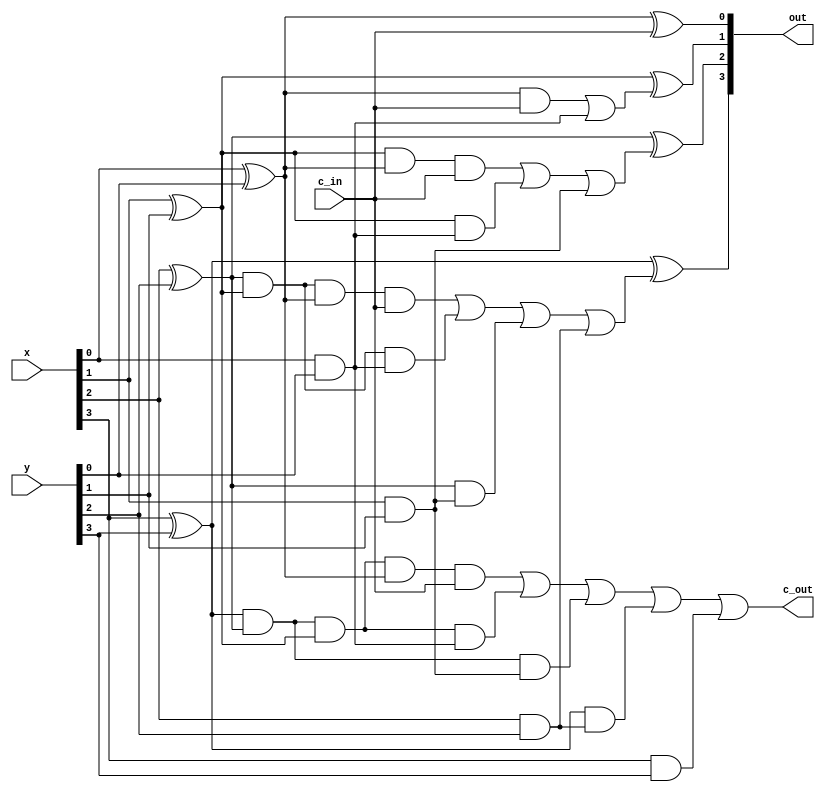
/* CSED273 lab5 experiment 1 */
/* lab5_1.v */

`timescale 1ps / 1fs

/* Implement adder 
 * You must not use Verilog arithmetic operators */
module adder(
    input [3:0] x,
    input [3:0] y,
    input c_in,             // Carry in
    output [3:0] out,
    output c_out            // Carry out
); 

    wire [3:0] p, g;
    wire [4:0] mid_c;
    wire mid0; wire [1:0] mid1; wire [2:0] mid2; wire [3:0] mid3;

    // calculate p_i and g_i
    xor(p[0], x[0], y[0]);
    xor(p[1], x[1], y[1]);
    xor(p[2], x[2], y[2]);
    xor(p[3], x[3], y[3]);

    and(g[0], x[0], y[0]);
    and(g[1], x[1], y[1]);
    and(g[2], x[2], y[2]);
    and(g[3], x[3], y[3]);

    // calculate c_1
    and(mid0, p[0], c_in);
    or(mid_c[0], mid0, g[0]);

    // calculate c_2
    and(mid1[0], p[1], p[0], c_in);
    and(mid1[1], p[1], g[0]);
    or(mid_c[1], mid1[0], mid1[1], g[1]);

    // calculate c_3
    and(mid2[0], p[2], p[1], p[0], c_in);
    and(mid2[1], p[2], p[1], g[0]);
    and(mid2[2], p[2], g[1]);
    or(mid_c[2], mid2[0], mid2[1], mid2[2], g[2]);

    // calculate c_4
    and(mid3[0], p[3], p[2], p[1], p[0], c_in);
    and(mid3[1], p[3], p[2], p[1], g[0]);
    and(mid3[2], p[3], p[2], g[1]);
    and(mid3[3], p[3], g[2]);
    or(c_out, mid3[0], mid3[1], mid3[2], mid3[3], g[3]);

    // calculate out_0 to out_3 and c_out
    xor(out[0], p[0], c_in);
    xor(out[1], p[1], mid_c[0]);
    xor(out[2], p[2], mid_c[1]);
    xor(out[3], p[3], mid_c[2]);

endmodule

/* Implement arithmeticUnit with adder module
 * You must not use Verilog arithmetic operators */
module arithmeticUnit(
    input [3:0] x,
    input [3:0] y,
    input [2:0] select,
    output [3:0] out,
    output c_out            // Carry out
);

    wire [3:0] not_y, s2noty, s1y, a;
    not(not_y[0], y[0]);
    not(not_y[1], y[1]);
    not(not_y[2], y[2]);
    not(not_y[3], y[3]);

    and(s1y[0], select[1], y[0]);
    and(s1y[1], select[1], y[1]);
    and(s1y[2], select[1], y[2]);
    and(s1y[3], select[1], y[3]);
    and(s2noty[0], select[2], not_y[0]);
    and(s2noty[1], select[2], not_y[1]);
    and(s2noty[2], select[2], not_y[2]);
    and(s2noty[3], select[2], not_y[3]);

    or(a[0], s2noty[0], s1y[0]);
    or(a[1], s2noty[1], s1y[1]);
    or(a[2], s2noty[2], s1y[2]);
    or(a[3], s2noty[3], s1y[3]);

    adder Adder(
        .x(a),
        .y(x),
        .c_in(select[0]),
        .out(out),
        .c_out(c_out)
    );

endmodule

/* Implement 4:1 mux */
module mux4to1(
    input [3:0] in,
    input [1:0] select,
    output out
);

    wire i0, i1, i2, i3;
    and(i0, ~select[1], ~select[0], in[0]);
    and(i1, ~select[1],  select[0], in[1]);
    and(i2, select[1], ~select[0], in[2]);
    and(i3, select[1],  select[0], in[3]);
    or(out, i0, i1, i2, i3);

endmodule

/* Implement logicUnit with mux4to1 */
module logicUnit(
    input [3:0] x,
    input [3:0] y,
    input [1:0] select,
    output [3:0] out
);

    wire [3:0] out_and, out_or, out_xor, out_not;

    and(out_and[0], x[0], y[0]);
    and(out_and[1], x[1], y[1]);
    and(out_and[2], x[2], y[2]);
    and(out_and[3], x[3], y[3]);

    or(out_or[0], x[0], y[0]);
    or(out_or[1], x[1], y[1]);
    or(out_or[2], x[2], y[2]);
    or(out_or[3], x[3], y[3]);

    xor(out_xor[0], x[0], y[0]);
    xor(out_xor[1], x[1], y[1]);
    xor(out_xor[2], x[2], y[2]);
    xor(out_xor[3], x[3], y[3]);

    not(out_not[0], x[0]);
    not(out_not[1], x[1]);
    not(out_not[2], x[2]);
    not(out_not[3], x[3]);

    mux4to1 Mux0(
        .in({out_not[0], out_xor[0], out_or[0], out_and[0]}),
        .select(select),
        .out(out[0])
    );

    mux4to1 Mux1(
        .in({out_not[1], out_xor[1], out_or[1], out_and[1]}),
        .select(select),
        .out(out[1])
    );

    mux4to1 Mux2(
        .in({out_not[2], out_xor[2], out_or[2], out_and[2]}),
        .select(select),
        .out(out[2])
    );

    mux4to1 Mux3(
        .in({out_not[3], out_xor[3], out_or[3], out_and[3]}),
        .select(select),
        .out(out[3])
    );

endmodule

/* Implement 2:1 mux */
module mux2to1(
    input [1:0] in,
    input  select,
    output out
);

    wire i0, i1;
    and(i0, ~select, in[0]);
    and(i1, select, in[1]);
    or(out, i0, i1);

endmodule

/* Implement ALU with mux2to1 */
module lab5_1(
    input [3:0] x,
    input [3:0] y,
    input [3:0] select,
    output [3:0] out,
    output c_out            // Carry out
);

    wire [3:0] logic_out, arith_out;

    logicUnit LogicUnit(
        .x(x),
        .y(y),
        .select(select[1:0]),
        .out(logic_out)
    );

    arithmeticUnit ArithmeticUnit(
        .x(x),
        .y(y),
        .select(select[2:0]),
        .c_out(c_out),
        .out(arith_out)
    );

    mux2to1 MUX0(
        .in({logic_out[0], arith_out[0]}),
        .select(select[3]),
        .out(out[0])
    );

    mux2to1 MUX1(
        .in({logic_out[1], arith_out[1]}),
        .select(select[3]),
        .out(out[1])
    );

    mux2to1 MUX2(
        .in({logic_out[2], arith_out[2]}),
        .select(select[3]),
        .out(out[2])
    );

    mux2to1 MUX3(
        .in({logic_out[3], arith_out[3]}),
        .select(select[3]),
        .out(out[3])
    );

endmodule